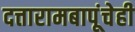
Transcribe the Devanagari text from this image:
दत्तारामबापूंचेही